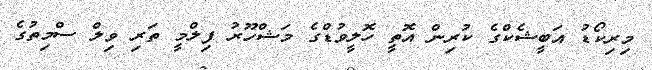
މިރިކޯޑު އަބީޝެކްގެ ކުރިން އޮތީ ހޮލީވުޑްގެ މަޝްހޫރު ފިލްމީ ތަރި ވިލް ސްމިތުގެ